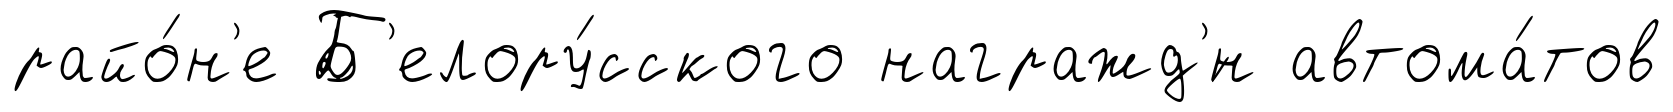
райо́н'е Б'елору́сского награжд'́н автома́тов